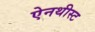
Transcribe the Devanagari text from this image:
ऐनथीस्ट